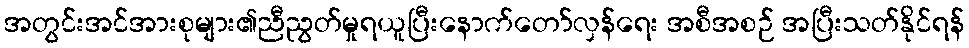
အတွင်းအင်အားစုများ၏ညီညွတ်မှုရယူပြီးနောက်တော်လှန်ရေး အစီအစဉ် အပြီးသတ်နိုင်ရန်